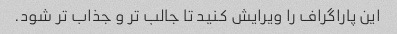
این پاراگراف را ویرایش کنید تا جالب تر و جذاب تر شود.